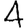
Digit: 4